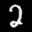
Label: 2